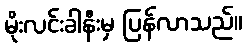
မိုးလင်းခါနီးမှ ပြန်လာသည်။